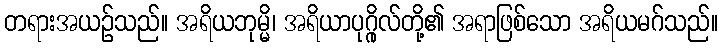
တရားအယဉ်သည်။ အရိယဘုမ္မိ၊ အရိယာပုဂ္ဂိုလ်တို့၏ အရာဖြစ်သော အရိယမဂ်သည်။